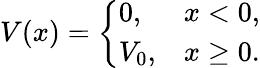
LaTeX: V(x)={\left\{ \begin{array}{ll}{0,}&{x<0,}\\ {V_{0},}&{x\geq 0.}\end{array}\right.}